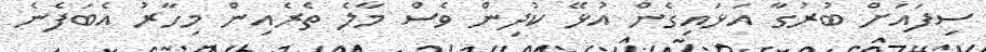
ސިފައަށް ބުރުގާ އަޅައިގެން އުޅޭ ކުދިން ވެސް މާލެ ތެރެއިން މިހާރު އެބަފެނެ